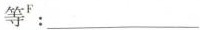
等^{ F}：___